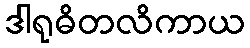
ဒါရုဓိတလိကာယ